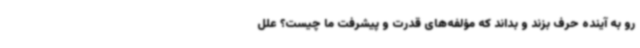
رو به آینده حرف بزند و بداند که مؤلفه‌های قدرت و پیشرفت ما چیست؟ علل